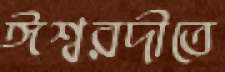
ঈশ্বরদীতে